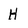
Character: H